Indian Civil Veterinary Department memoirs
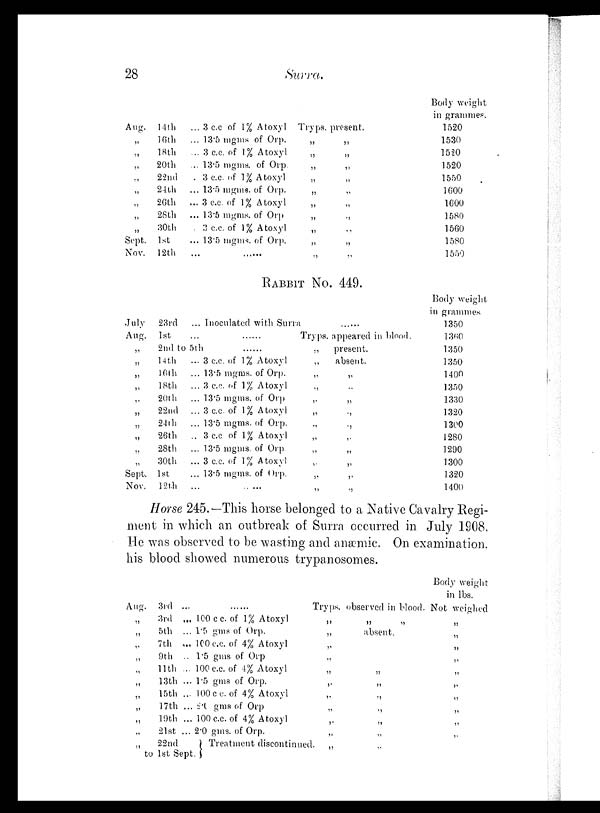
28
Surra.
Aug.
14th
„ 16th
„
18th
„
20th
„
22nd
„
24th
„
26th
„
28th
„
30th
Sept. 1st
Nov. 12th
... 3 c.c. of 1% Atoxyl Tryps. present.
... 13.5 mgms of Orp.
„
„
... 3 c.c. of 1% Atoxyl
„
„
... 13.5 mgms. of Orp.
„
„
. 3 c.c. of 1% Atoxyl
„
„
... 13.5 mgms. of Orp.
„
„
... 3 c.c. of 1% Atoxyl
„
„
... 13.5 mgms. of Orp
„
„
... 3 c.c. of 1% Atoxyl
„
„
... 13.5 mgms. of Orp.
„
„
... ...... „ „
Body weight
in grammes.
1520
1530
1520
1520
1550
1600
1600
1580
1560
1580
1550
RABBIT NO. 449.
July
23rd
Aug.
1st
... Inoculated with Surra
...
......
Tryps. appeared in blood.
„
2nd to 5th
......
„
present.
„ 14th
„
16th
„
18th
„
20th
„
22nd
„
24th
„
26th
„
28th
„
30th
Sept. 1st
Nov.
12th
... 3 c.c. of 1% Atoxyl
„
absent.
... 13.5 mgms. of Orp.
„
„
... 3 c.c. of 1% Atoxyl „ „
... 13.5 mgms. of Orp
„
„
... 3 c.c. of 1% Atoxyl
„
„
... 13.5 mgms. of Orp.
„
„
.. 3 c.c of 1% Atoxyl
„
„
... 13.5 mgms. of Orp.
„
„
... 3 c.c. of 1 % Atoxyl
„
„
... 13.5 mgms. of Orp.
„
„
...
.....
„
„
Body weight
in grammes
1350
1360
1350
1350
1400
1350
1330
1320
1300
1280
1290
1300
1320
1400
Horse 245.—This horse belonged to a Native Cavalry Regi-
ment in which an outbreak of Surra occurred in July 1908.
He was observed to be wasting and anæmic. On examination,
his blood showed numerous trypanosomes.
Aug. 3rd ...
......
Tryps. observed in blood.
„
3rd ... 100 c c. of 1% Atoxyl
„
„
„
„
5th ... 1.5 gms of Orp.
„
absent.
„
7th ... 100 c.c. of 4% Atoxyl
„
„
9th ... 1.5 gms of Orp
„
„ 11th ... 100 c.c. of 4% Atoxyl
„
„
„
13th ... 1.5 gms of Orp.
„
„
„
15th ... 100 c.c. of 4% Atoxyl
„
„
„
17th ... 2.0 gms of Orp „ „
„
19th ... 100 c.c. of 4% Atoxyl „ „
„ 21st ... 2.0 gms. of Orp.
„ „
„ 22nd } Treatment discontinued. „ „
to 1st Sent.
Body weight
in lbs.
Not weighed
„
„
„
„
„
„
„
„
„
„
„